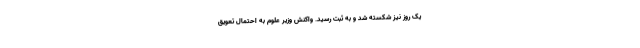
یک روز نیز شکسته شد و به ثبت رسید. واکنش وزیر علوم به احتمال تعویق